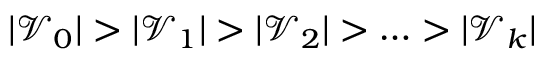
| \mathcal { V } _ { 0 } | > | \mathcal { V } _ { 1 } | > | \mathcal { V } _ { 2 } | > \ldots > | \mathcal { V } _ { k } |